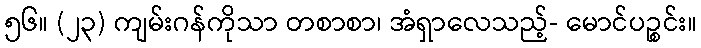
၅၆။ (၂၃) ကျမ်းဂန်ကိုသာ တစာစာ၊ အံရှာလေသည့်- မောင်ပဉ္စင်း။